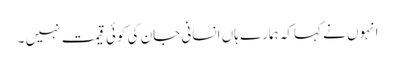
انہوں نے کہاکہ ہمارے ہاں انسانی جان کی کوئی قیمت نہیں ۔